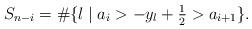
LaTeX: \begin{align*}S_{n-i}=\#\{l\mid a_{i}>-y_{l}+\tfrac{1}{2}>a_{i+1}\}. \end{align*}